NAE_EAOK_eestikeelsed_sunnimeetrikad, lk 198
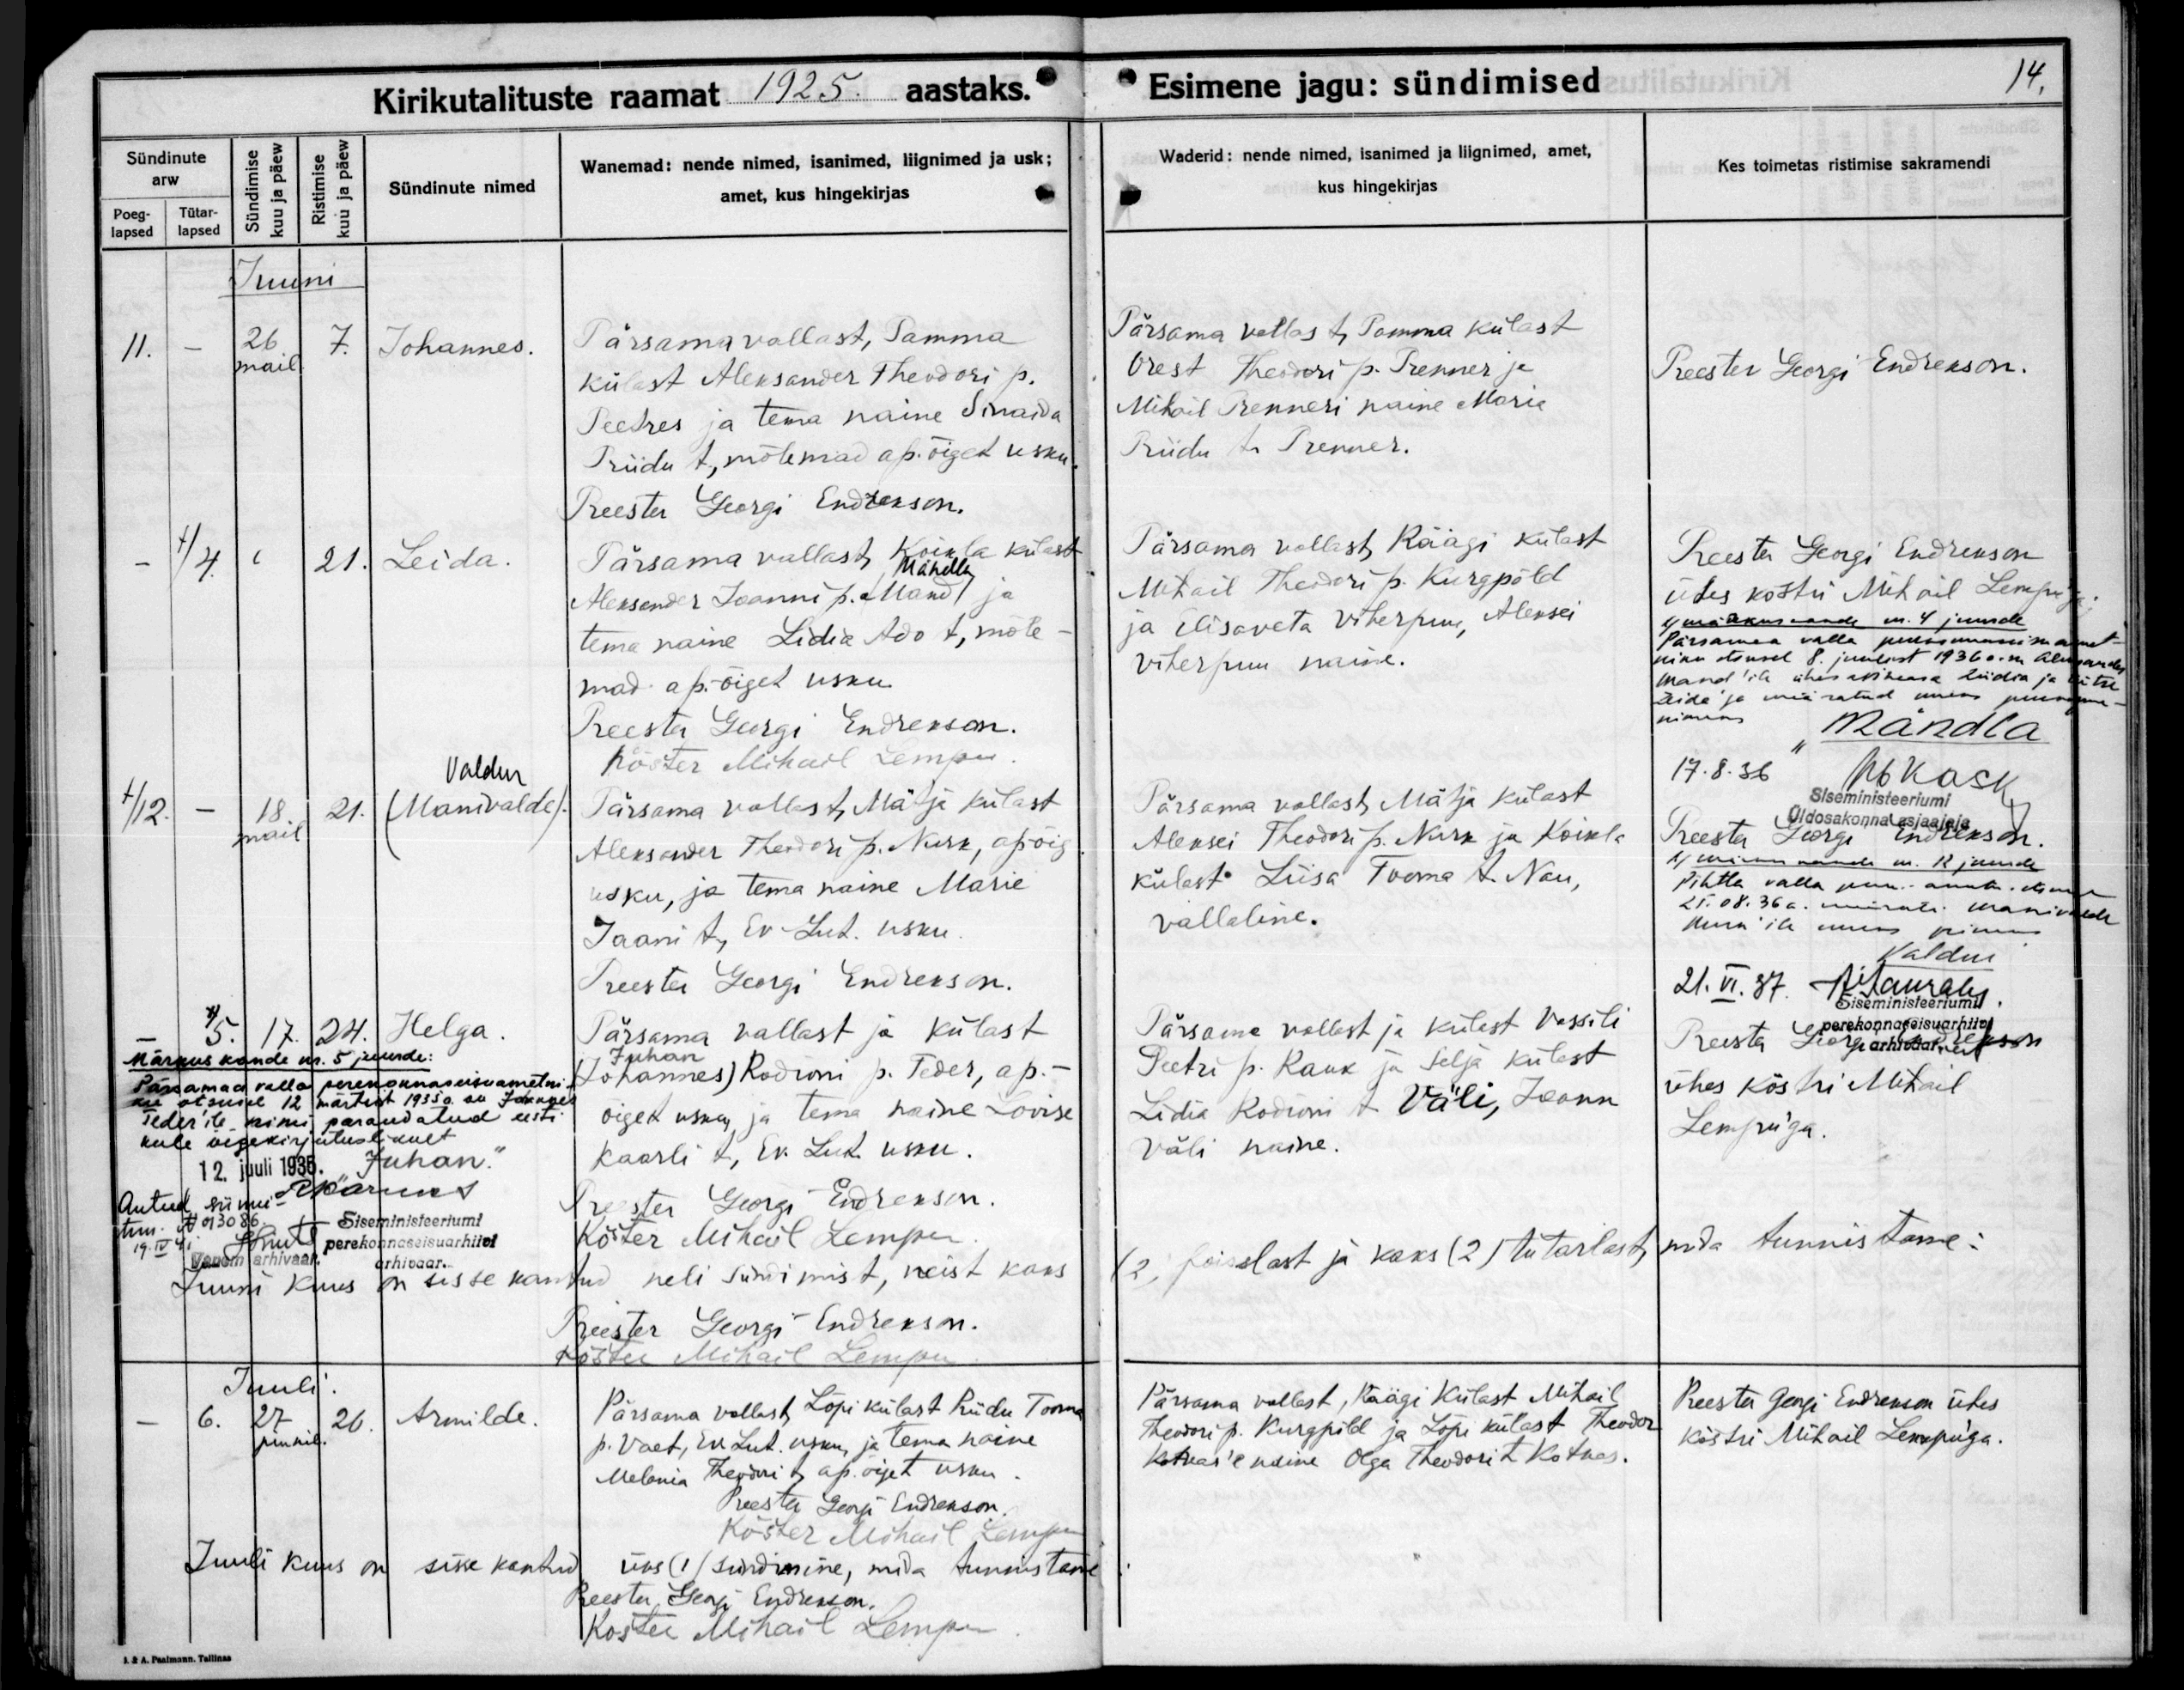
Johannes.

Leida

Valdur
/Manivalde/

Helga

Armilde

Pärsama vallast, Tamma
külast Aleksander Theodori p.
Peedres ja tema naine Sinaida
Priidu t., mõlemad ap. õiget usku.

Pärsama vallast, Koikla külast
Mändla
Aleksander Joanni p. /Mänd/ ja
tema naine Lidia Ado t, mõle-
mad ap.-õiget usku.

Pärsama vallast, Mätja külast
Aleksander Theodor p. Nurk, ap-õig.
usku, ja tema naine Marie
Jaani t, Ev-Lut. usku.

Pärsama vallast ja külast
Juhan
/Johannes/ Rodioni p. Teder, ap.-
oiget usku, ja tema naine Lovise
Kaarli t, Ev. Lut. usku.

Pärsama vallast, Lõpi külast Priidu Tooma
p. Vaet, Ev. Lut. usku ja tema naine
Melania Theodori t, ap. õiget usku.